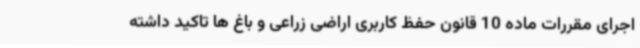
اجرای مقررات ماده 10 قانون حفظ کاربری اراضی زراعی و باغ ها تاکید داشته